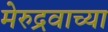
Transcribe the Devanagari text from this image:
मेरुद्रवाच्या